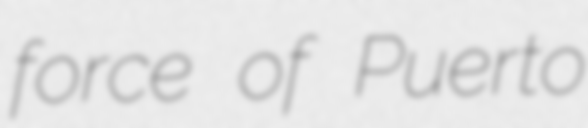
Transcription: force of Puerto